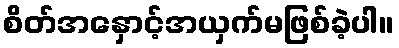
စိတ်အနှောင့်အယှက်မဖြစ်ခဲ့ပါ။